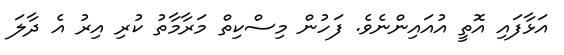
އަޅާފައި އޮތީ އުއައިންނެވެ. ފަހުން މިސްކިތް މަރާމާތު ކުރި އިރު އެ ދާލަ